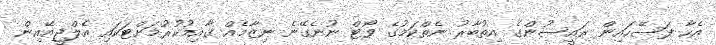
އެހާ ފަސޭހައިން ރައީސުންގެ އިތުބާރު ނެތްކަމުގެ ވޯޓް ނުނެގޭނެ ނިޒާމެއް ގާއިމުކުރުމަށްޓަކައި އެލްޖީއޭއިން